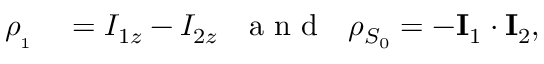
\begin{array} { r l } { \rho _ { _ { 1 } } } & { { } = I _ { 1 z } - I _ { 2 z } ~ ~ \mathrm { ~ a ~ n ~ d ~ } ~ ~ \rho _ { S _ { 0 } } = - \mathbf { I } _ { 1 } \cdot \mathbf { I } _ { 2 } , } \end{array}